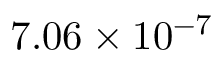
7 . 0 6 \times 1 0 ^ { - 7 }